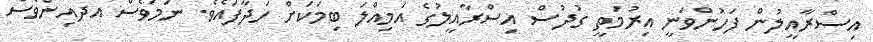
އިސްރާއީލުން ފަހުންވަނީ އިރުމަތީ ގުދުސް އިސްރާއީލުގެ އަމިއްލަ ބިމަކަށް ހަދާފައެވެ. ނަމަވެސް އދއިންވެސް